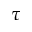
\tau